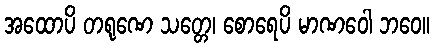
အထောပိ တရုဏေ သတ္တေ၊ စောရေပိ မာဏဝေါ ဘဝေ။